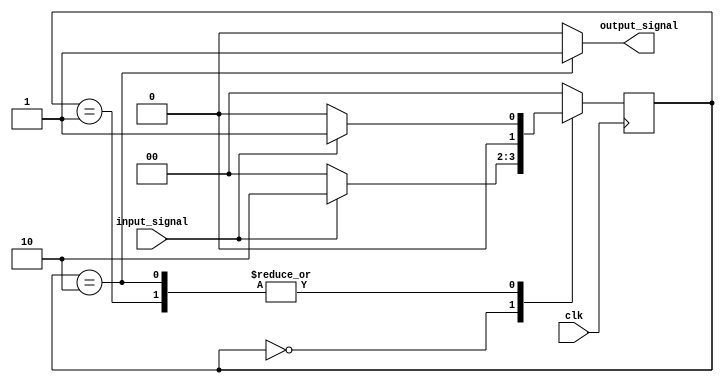
`timescale 1ns / 1ps
//////////////////////////////////////////////////////////////////////////////////
// Company: 
// Engineer: 
// 
// Design Name: 
// Module Name:    Pulsegenerator 
// Project Name: 
// Target Devices: 
// Tool versions: 
// Description: 
//
// Dependencies: 
//
// Revision: 
// Revision 0.01 - File Created
// Additional Comments: 
//
//////////////////////////////////////////////////////////////////////////////////
module PulseGenerator (
	input clk,
	input input_signal,
	output output_signal
	);
	parameter s_0 = 2'd0;
	parameter s_11 = 2'd1;
	parameter s_01 = 2'd2;
	
	reg[1:0] state;
	reg[1:0] next_state;
	
	assign output_signal = (state == s_01) ? 1'b1 : 1'b0;
	always @(*) begin
		case (state)
		s_0:
			next_state = (input_signal == 1'b1) ? s_01 : s_0;
		s_11:
			next_state = (input_signal == 1'b1) ? s_11 : s_0;
		s_01:
			next_state = (input_signal == 1'b1) ? s_11 : s_0;
		default:
			next_state = s_0;
		endcase
	end
	always @(posedge clk) begin
		state <= next_state;
	end
endmodule